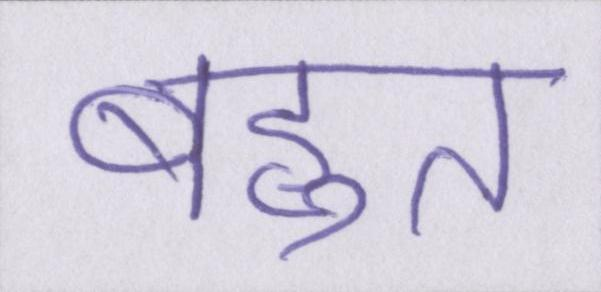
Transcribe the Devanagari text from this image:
बहुत